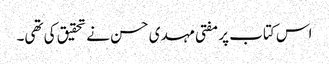
اس کتاب پر مفتی مہدی حسن نے تحقیق کی تھی۔